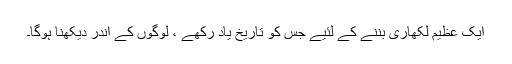
ایک عظیم لکھاری بننے کے لئیے جس کو تاریخ یاد رکھے ، لوگوں کے اندر دیکھنا ہوگا۔